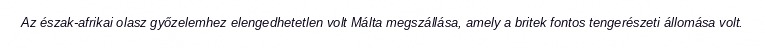
Az észak-afrikai olasz győzelemhez elengedhetetlen volt Málta megszállása, amely a britek fontos tengerészeti állomása volt.